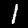
Label: 1